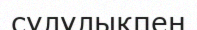
сұлулықпен